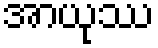
အာယုဿ